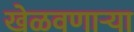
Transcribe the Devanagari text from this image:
खेळवणाऱ्या